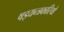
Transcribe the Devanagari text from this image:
षड्‍यन्त्रकारियों